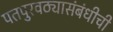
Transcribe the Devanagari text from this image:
पतपुरवठ्यासंबंधीची